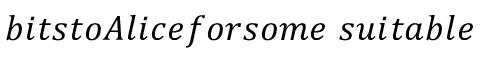
b i t s t o A l i c e f o r s o m e \ s u i t a b l e